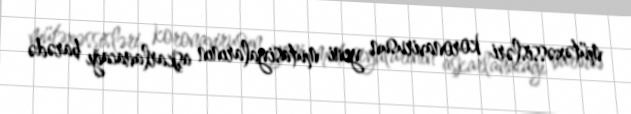
mütəxəssisləri koronavirusun yeni mutasiyalarının aşkarlanacağı barədə